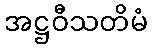
အဋ္ဌဝီသတိမံ